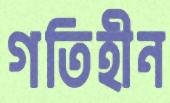
গতিহীন